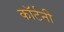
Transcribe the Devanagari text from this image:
काॅर्टनी